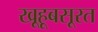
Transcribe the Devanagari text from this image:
खूहूबसूरत